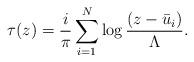
LaTeX: \begin{align*}\tau(z)=\frac{i}{\pi}\sum_{i=1}^{N} \log \frac{(z-\bar{u}_i)}{\Lambda}.\end{align*}